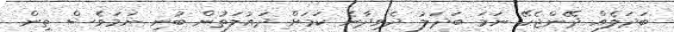
ބަދަލެއް ދޭންޖެހޭ ނަމަ ބަދަލު ދެވިދާނެ ކަމަށް ދައުލަތުން ބުނި ނަމަވެސް ތިން